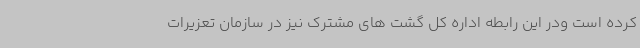
کرده است ودر این رابطه اداره کل گشت های مشترک نیز در سازمان تعزیرات